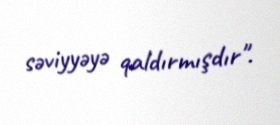
səviyyəyə qaldırmışdır".